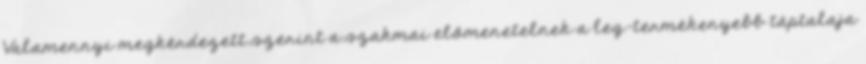
Valamennyi megkérdezett szerint a szakmai előmenetelnek a leg-termékenyebb táptalaja